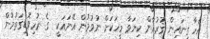
އެހާ ގިނައިން ޤުރުއާން ކިޔަވާ މީހަކަށް ނުވުމުން އޭނައަކީ  ގެ ރުހިވޮޑިގަތުމުން